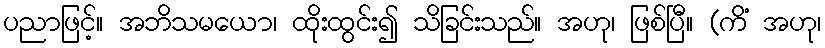
ပညာဖြင့်။ အဘိသမယော၊ ထိုးထွင်း၍ သိခြင်းသည်။ အဟု၊ ဖြစ်ပြီ။ (ကိံ အဟု၊